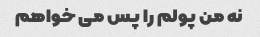
نه من پولم را پس می خواهم